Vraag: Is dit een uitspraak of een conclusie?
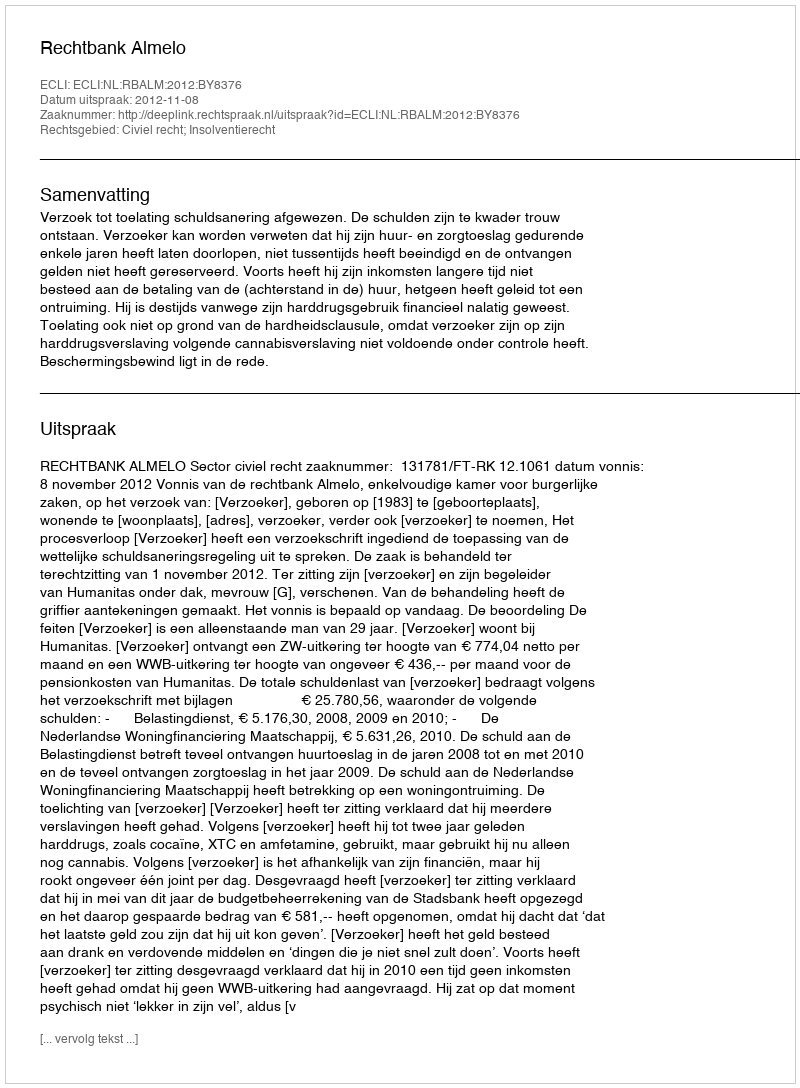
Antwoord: Uitspraak